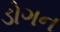
ડોગન